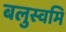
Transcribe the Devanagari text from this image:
बलुस्वमि